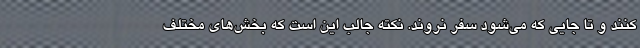
کنند و تا جایی که می‌شود سفر نروند. نکته جالب این است که بخش‌های مختلف